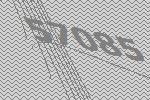
57085